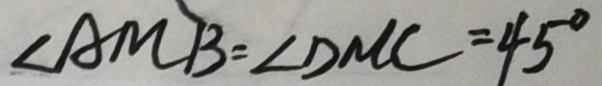
\angle A M B = \angle D M C = 4 5 ^ { \circ }